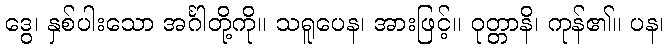
ဒွေ၊ နှစ်ပါးသော အင်္ဂါတို့ကို။ သရူပေန၊ အားဖြင့်။ ဝုတ္တာနိ၊ ကုန်၏။ ပန၊